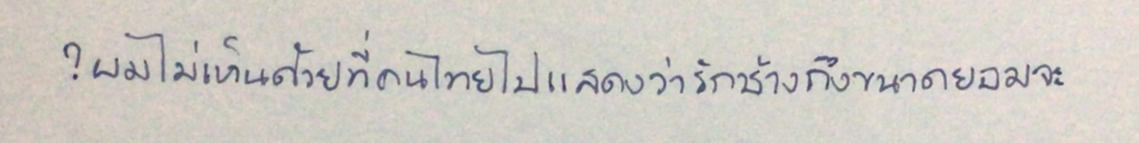
?ผมไม่เห็นด้วยที่คนไทยไปแสดงว่ารักช้างถึงขนาดยอมจะ